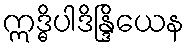
ဣဒ္ဓိပါဒိန္ဒြိယေန